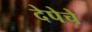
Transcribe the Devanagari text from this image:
देपेचे